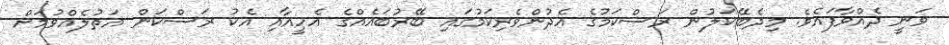
ވަނީ ދެއްވާފައެވެ. މިދެބޭކަލުން ރަސްކަމުގެ އެދުންވެރިކަމުގައި ބޭރުބައެއްގެ އެހީއާއި އެކު ރަސްކަން އަތުލެއްވުމަށް